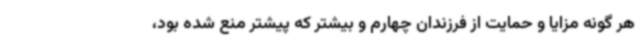
هر گونه مزایا و حمایت از فرزندان چهارم و بیشتر که پیشتر منع شده بود،